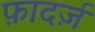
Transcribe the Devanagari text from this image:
फ़ादर्ज़